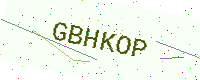
Text: GBHKOP